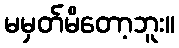
မမှတ်မိတော့ဘူး။